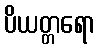
ပိယတ္တရော